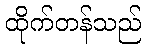
ထိုက်တန်သည်